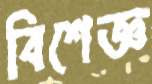
বিশেজ্ঞ